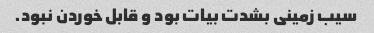
سیب زمینی بشدت بیات بود و قابل خوردن نبود.